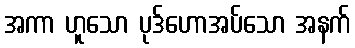
အကာ ဟူသော ပုဒ်ဟောအပ်သော အနက်